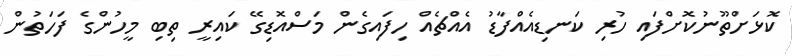
ކޮޅަށްތޫނުކޮށްފައި ހުރި ކަނޑިއެއްފާޑު އެއްޗެއް ހިފައިގެން މަސްއޮޑިގޭ ކައިރީ ތިބި މީހުންގެ ފަހަތުން